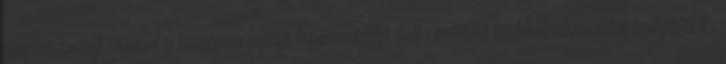
mennyiségi tanulás hogyan lehet készséget fejleszteni tudáshalmozás helyett ?,